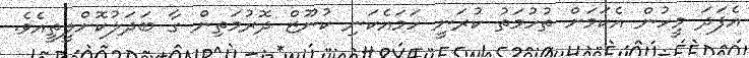
އެފަދަ މީހުން އެކަމަށް ތުހުމަތު ކުރަނީ ހަމައެކަނި ކުނޫޒް ދޮރުމަތިން ގާ ބަދަލުކޮށްލީތީއެވެ.